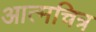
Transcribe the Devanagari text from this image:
आत्मचित्र